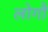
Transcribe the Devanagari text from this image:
लोगौं